Rae_vallavalitsus, lk 193
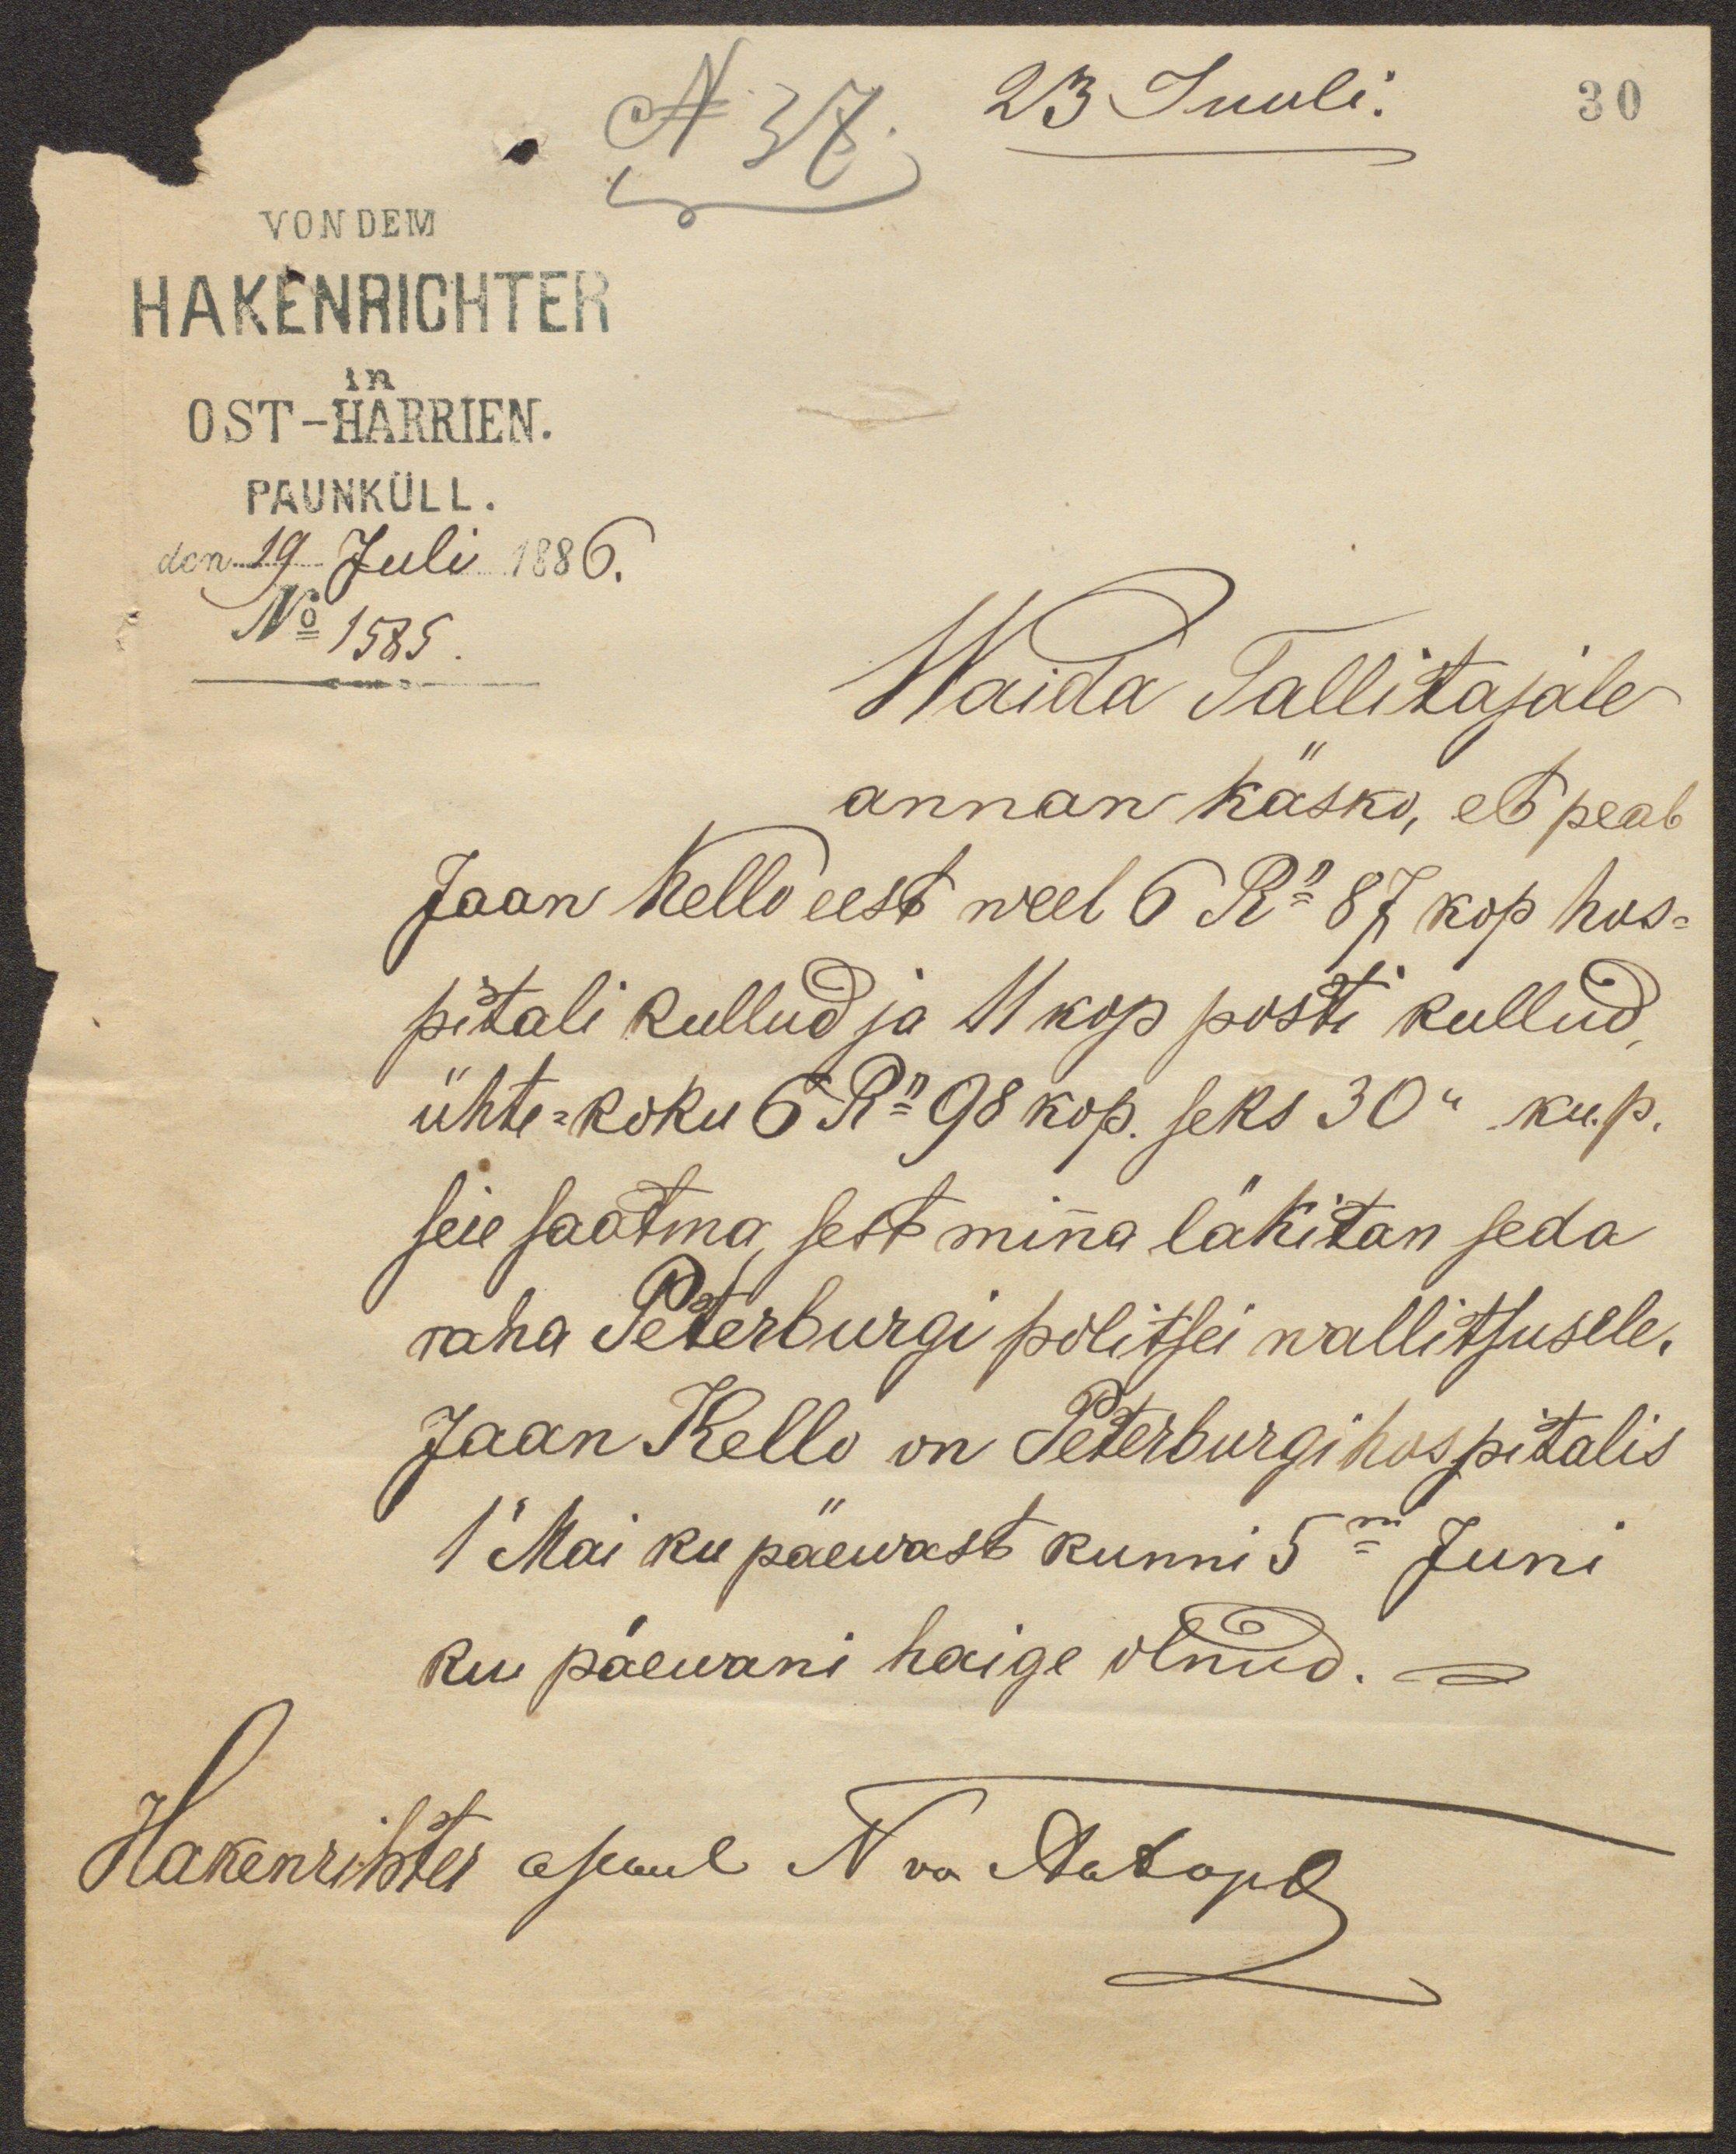
N 37. 23 Juuli.
30
OST-HARRIEN.
PAUNKÜLL.
den 19 Juli 1886.
No 1585.
Waida Tallitajale
annan käsko, et peab
Jaan Kello eest weel 6 Ro 87 kop hos-
pitali kullud ja 11 kop posti kullud,
ühte-koku 6 Ro 98 kop. seks 30n ku. p.
seie saatma, sest minna läkitan seda
raha Peterburgi politsei wallitsusele.
Jaan Kello on Peterburgi hospitalis
1 Mai ku päewast kunni 5m Juni
ku päewani haige olnud.
Hakenrihter asemel